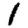
Digit: 1